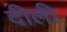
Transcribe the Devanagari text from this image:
दीली